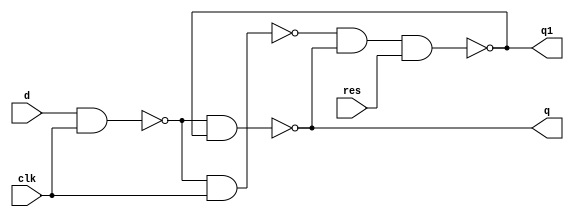
module dff_ares(output q, q1, input d, clk, res);
  wire a, b;
  nand(a, d, clk);
  nand(b, a, clk);
  nand(q, a, q1);
  nand(q1, b, q, res);
endmodule

module dff_re_arh(output q, q1, input d, clk, res);
  wire a, b, clk1, clk2, clk3, clk4, clk5, res1;
  nand(clk1, clk);
  nand(clk2, clk1);
  nand(clk3, clk2);
  nand(clk4, clk, clk3);
  nand(clk5, clk4);
  nand(res1, res);
  dff_ares dff1(q, q1, d, clk5, res1);
endmodule